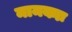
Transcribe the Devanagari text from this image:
मामकाः